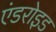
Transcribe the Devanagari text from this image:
एंडरोइड